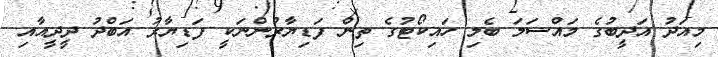
މިއަދު އަދީބުގެ މައްސަލަ ބެލި ހައިކޯޓުގެ ތިން ފަޑިޔާރުންނަކީ ފަޑިޔާރު އަބްދު ދީދީއާއި